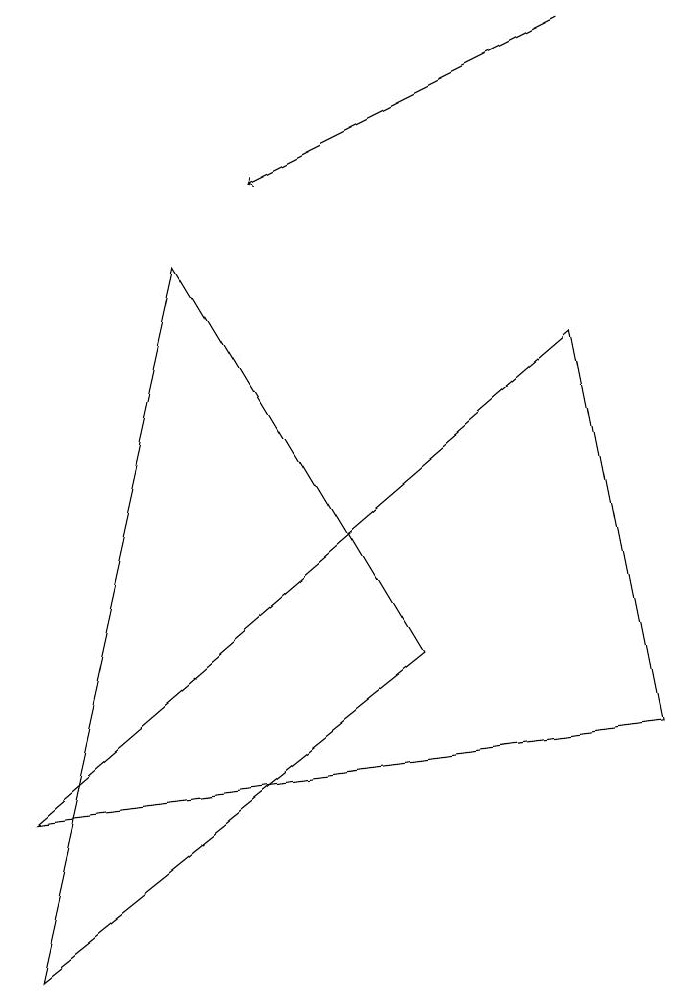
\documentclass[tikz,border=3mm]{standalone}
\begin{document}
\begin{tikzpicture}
\draw (3,9) -- (6,4) -- (1,0) -- cycle;
\draw (1,2) -- (8,8) -- (9,3) -- cycle;
\draw[->] (8,12) -- (4,10);
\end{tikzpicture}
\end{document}